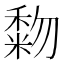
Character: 𥡓